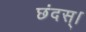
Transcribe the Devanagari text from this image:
छंदस्।